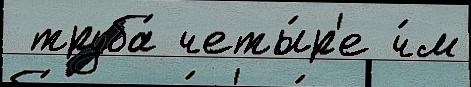
 труба́ четы́р'е ч́м